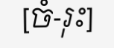
[ចំ-រុះ]